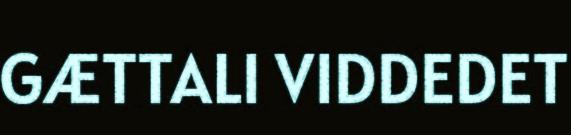
GÆTTALI VIDDEDET